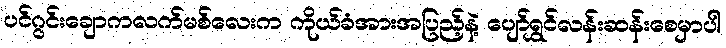
ပင်ဂွင်းချောကလက်မစ်လေးက ကိုယ်ခံအားအပြည့်နဲ့ ပျော်ရွှင်လန်းဆန်းစေမှာပါ